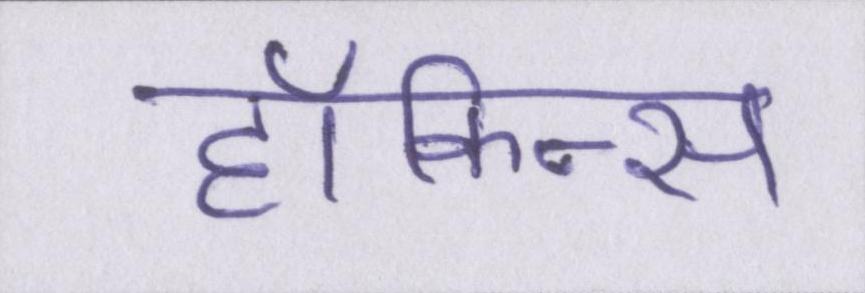
हॉकिन्स